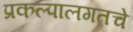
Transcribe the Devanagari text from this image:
प्रकल्पालगतचे